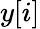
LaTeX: y[i]